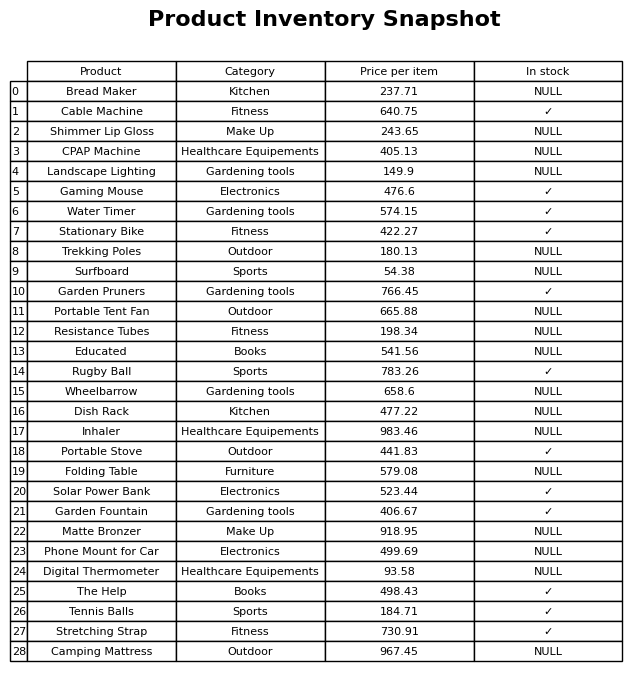
question: What is the price of the Resistance Tubes?
answer: The price of Resistance Tubes is 198.34.